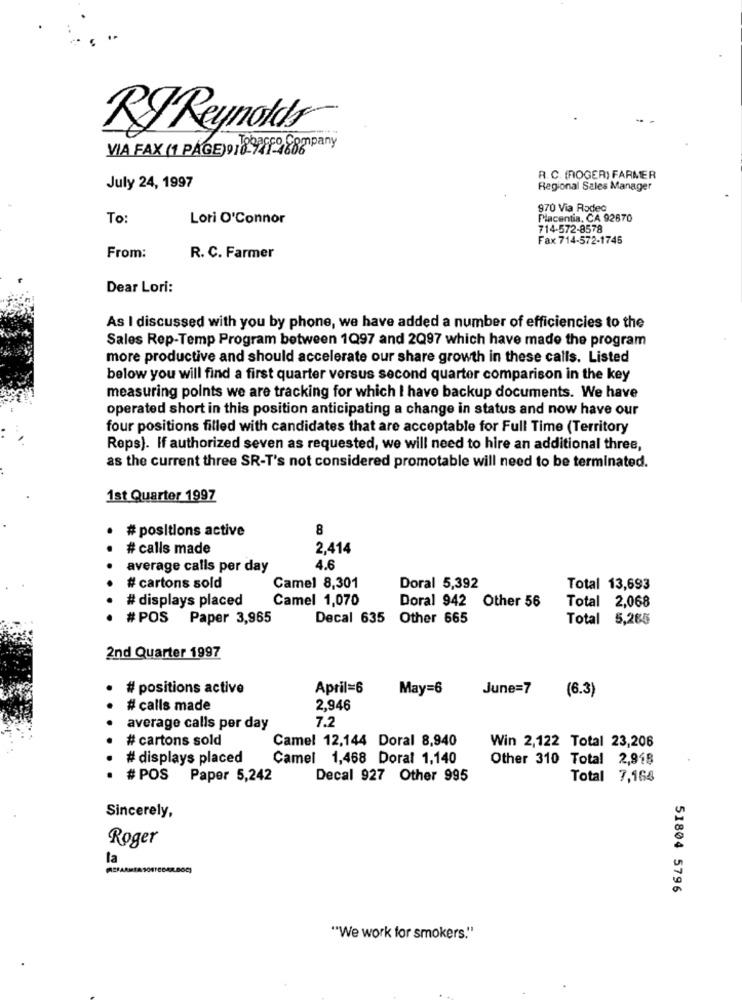
RJ Reynolds
VIA FAX (1 PAGE) 910711988mpany
R. C. (ROGER) FARMER
July 24, 1997
Regional Sales Manager
970 Via Rodec
To:
Lori O'Connor
Placentia, CA 92670
714-572-8578
Fax 714-572-1745
From:
R. C. Farmer
Dear Lori:
As I discussed with you by phone, we have added a number of efficiencies to the
Sales Rep-Temp Program between 1Q97 and 2Q97 which have made the program
more productive and should accelerate our share growth in these calls. Listed
below you will find a first quarter versus second quarter comparison in the key
measuring points we are tracking for which I have backup documents. We have
operated short in this position anticipating a change in status and now have our
four positions filled with candidates that are acceptable for Full Time (Territory
Reps). If authorized seven as requested, we will need to hire an additional three,
as the current three SR-T's not considered promotable will need to be terminated.
1st Quarter 1997
# positions active
8
# calls made
2,414
average calls per day
4.6
# cartons sold
Camel 8,301
Doral 5,392
Total 13,693
# displays placed
Camel 1,070
Doral 942 Other 56
Total 2,068
#POS Paper 3,965
Decal 635 Other 665
Total 5,265
2nd Quarter 1997
# positions active
April=6
May=6
June=7
(6.3)
# calls made
2.946
7.2
average calls per day
# cartons sold
Camel 12,144 Doral 8,940
Win 2,122 Total 23,206
# displays placed
Camel 1,468 Doral 1,140
Other 310 Total 2,918
# POS Paper 5,242
Decal 927 Other 995
Total 7,168
Sincerely,
Roger
la
MSPARISA SORTE
51804 5796
"We work for smokers."